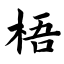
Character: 梧